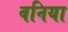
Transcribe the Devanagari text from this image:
वनिया